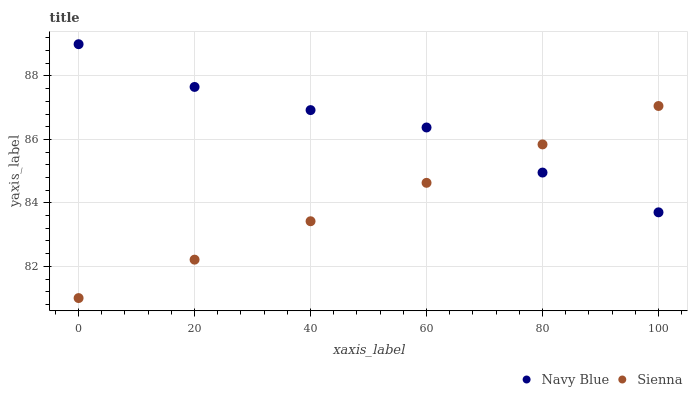
| xaxis_label | Navy Blue | Sienna |
 | --- | --- | --- |
 | 0 | 89 | 81 |
 | 20 | 87.7 | 82.2 |
 | 40 | 86.9 | 83.4 |
 | 60 | 86.4 | 84.6 |
 | 80 | 85 | 85.8 |
 | 100 | 83.7 | 87.1 |